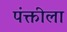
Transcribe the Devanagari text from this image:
पंक्तीला